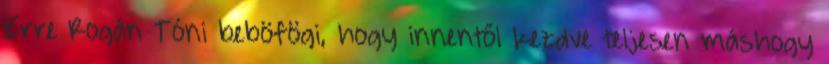
Erre Rogán Tóni beböfögi, hogy innentől kezdve teljesen máshogy